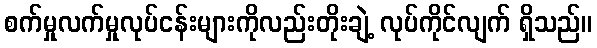
စက်မှုလက်မှုလုပ်ငန်းများကိုလည်းတိုးချဲ့ လုပ်ကိုင်လျက် ရှိသည်။